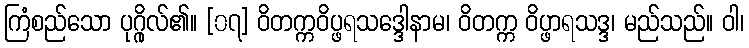
ကြံစည်သော ပုဂ္ဂိုလ်၏။ [၀၇] ဝိတက္ကဝိပ္ဖရသဒ္ဒေါနာမ၊ ဝိတက္က ဝိပ္ဖာရသဒ္ဒ၊ မည်သည်။ ဝါ၊